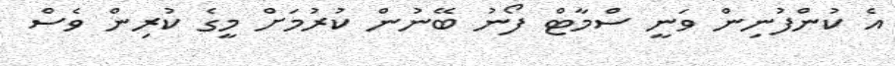
އެ ކުންފުނިން ވަނީ ސްމާޓް ފޯނު ބޭނުން ކުރުމަށް މީގެ ކުރިން ވެސް